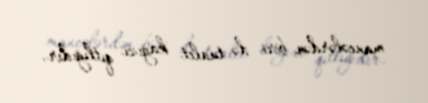
maneələrdən biri də tualet kağızı qıtlığıdır.